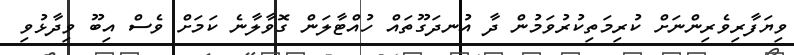
ވިޔަފާރިވެރިންނަށް ކުރިމަތިކުރުވަމުން ދާ އުނދަގޫތައް ހުއްޓާލަން ގޮވާލާނެ ކަމަށް ވެސް އިބޫ ވިދާޅުވި